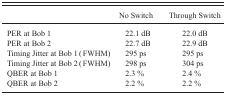
<table><thead><tr><td></td><td><b>No Switch</b></td><td><b>Through Switch</b></td></tr></thead><tbody><tr><td>PER at Bob 1</td><td> 22.1 dB</td><td> 22.0 dB</td></tr><tr><td>PER at Bob 2</td><td> 22.7 dB</td><td> 22.9 dB</td></tr><tr><td>Timing Jitter at Bob 1 (FWHM)</td><td> 295 ps</td><td> 295 ps</td></tr><tr><td>Timing Jitter at Bob 2 (FWHM)</td><td> 298 ps</td><td> 304 ps</td></tr><tr><td>QBER at Bob 1</td><td> 2.3 %</td><td> 2.4 %</td></tr><tr><td>QBER at Bob 2</td><td> 2.2 %</td><td> 2.2 %</td></tr></tbody></table>